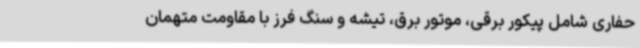
حفاری شامل پیکور برقی، موتور برق، تیشه و سنگ فرز با مقاومت متهمان